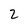
Character: 2